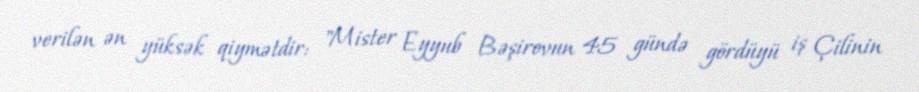
verilən ən yüksək qiymətdir: "Mister Eyyub Bəşirovun 45 gündə gördüyü iş Çilinin